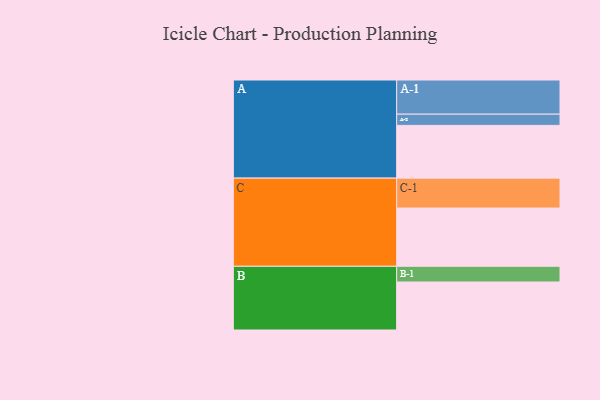
{"axis": {"x": "Segment", "y": "Value"}, "legend": ["", "A", "B", "C"], "data": [{"x": "A", "y": 423, "type": ""}, {"x": "B", "y": 385, "type": ""}, {"x": "C", "y": 467, "type": ""}, {"x": "A-1", "y": 274, "type": "A"}, {"x": "A-2", "y": 90, "type": "A"}, {"x": "B-1", "y": 126, "type": "B"}, {"x": "C-1", "y": 240, "type": "C"}]}